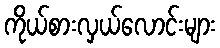
ကိုယ်စားလှယ်လောင်းများ